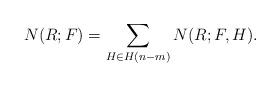
LaTeX: \begin{align*}N(R;F) = \sum_{H \in H(n-m)} N(R;F,H).\end{align*}